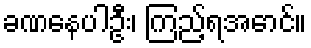
ခဏနေပါဦး၊ ကြည့်ရအောင်။